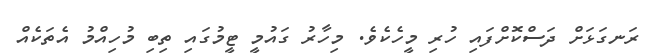
ރަނގަޅަށް ދަސްކޮށްފައި ހުރި މީހެކެވެ. މިހާރު ގައުމީ ޓީމުގައި ތިބި މުހިއްމު އެތަކެއް